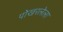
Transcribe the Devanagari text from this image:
पोखरलेला